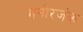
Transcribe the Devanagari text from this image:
मनोरजंक